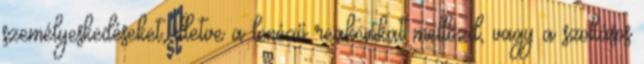
személyeskedéseket, illetve a lenéző reakciókat mellőzd, vagy a szokásos